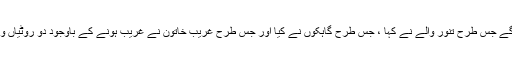
جو انہیں خود معلوم کرنے چاہئیں اگر ایسا کرتے رہیںگے جس طرح تنور والے نے کہا ، جس طرح گاہکوں نے کیا اور جس طرح غریب خاتون نے غریب ہونے کے باوجود دو روٹیاں واپس کر دیں تو خدا رب العزت کو یہ بات پسند آئے گی۔